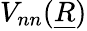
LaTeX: V_{nn}(\underline{{R}})